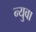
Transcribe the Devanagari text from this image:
न्युवा